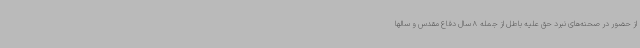
از حضور در صحنه‌های نبرد حق علیه باطل از جمله 8 سال دفاع مقدس و سالها